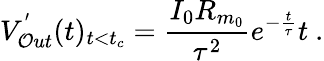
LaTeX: V_{\mathcal{O}ut}^{'}(t)_{t<t_{c}}=\frac{{I_{0}R_{m_{0}}}}{{\tau^{2}}}e^{-\frac{{t}}{{\tau}}}t~.